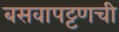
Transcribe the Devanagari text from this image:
बसवापट्टणची